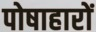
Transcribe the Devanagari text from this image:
पोषाहारों